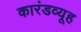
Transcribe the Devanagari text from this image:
कारंडव्यूह